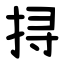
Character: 挦